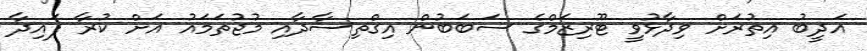
އަދީބު އިތުރަށް ވިދާޅުވީ ޓޫރިޒަމްގެ ސަބަބުން އިގްތިސާދާއި މުޖުތަމައު އަށް ކުރާ ފައިދާ